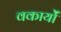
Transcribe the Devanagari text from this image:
वकार्यों